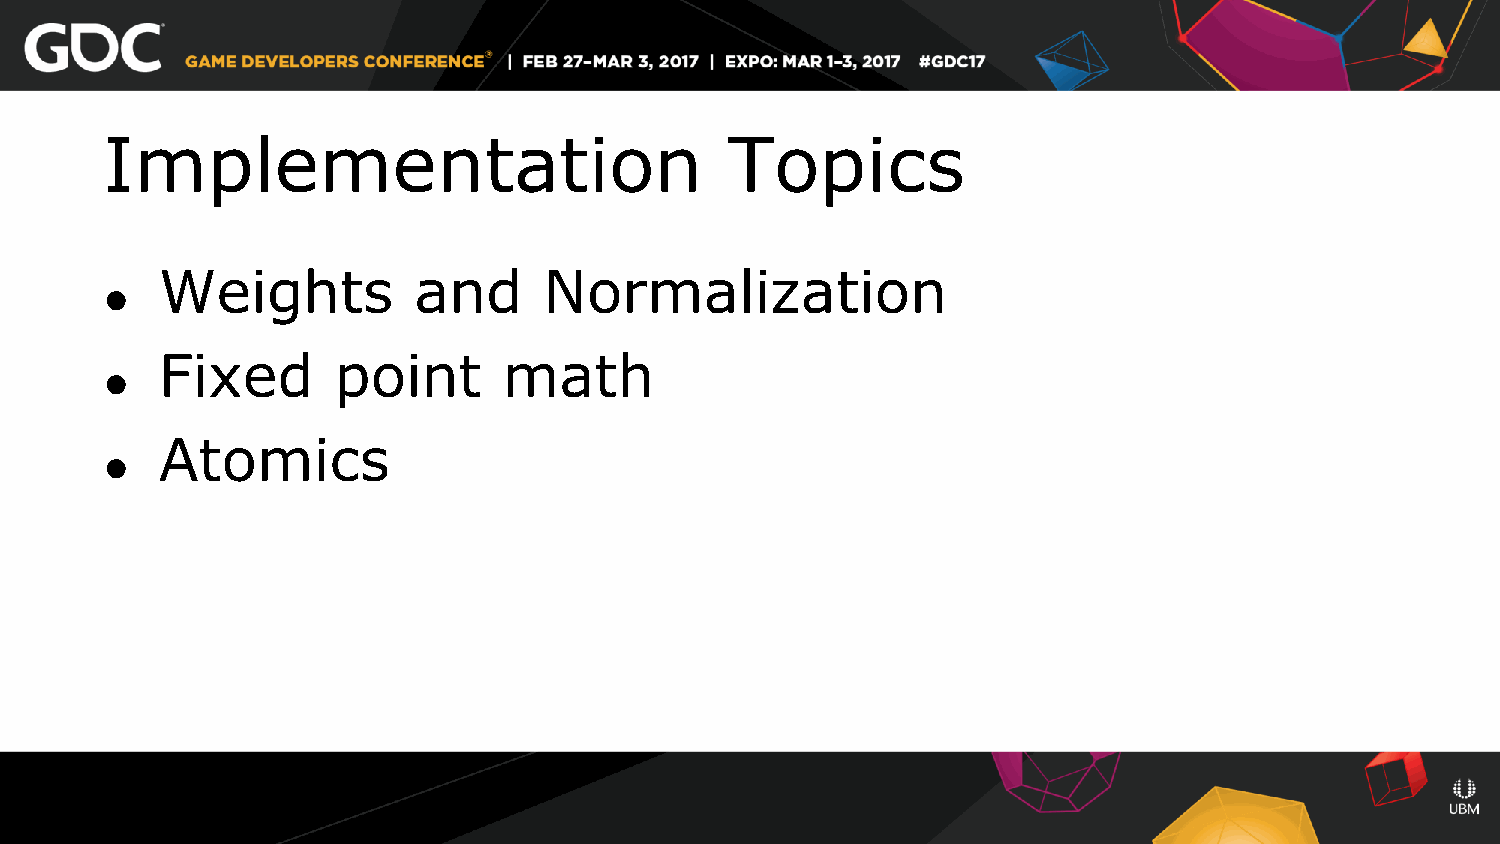
Implementation                           Topics
 Weights         and      Normalization
 ●
 Fixed      point      math
 ●
 Atomics
 ●